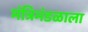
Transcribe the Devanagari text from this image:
मंत्रिमंडळाला